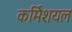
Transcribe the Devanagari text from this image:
कर्मिशयल